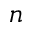
n